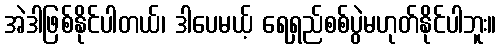
အဲဒါဖြစ်နိုင်ပါတယ်၊ ဒါပေမယ့် ရေရှည်စစ်ပွဲမဟုတ်နိုင်ပါဘူး။